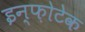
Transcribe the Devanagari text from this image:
इन्फ़ोटेक